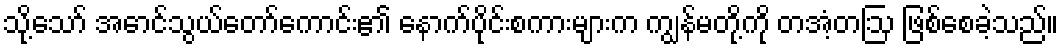
သို့သော် အောင်သွယ်တော်ကောင်း၏ နောက်ပိုင်းစကားများက ကျွန်မတို့ကို တအံ့တဩ ဖြစ်စေခဲ့သည်။